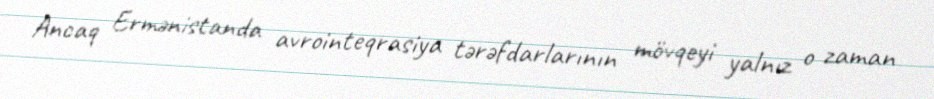
Ancaq Ermənistanda avrointeqrasiya tərəfdarlarının mövqeyi yalnız o zaman